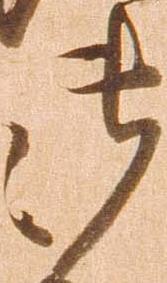
御